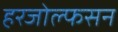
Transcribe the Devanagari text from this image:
हरजोल्फसन